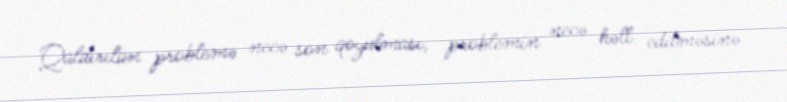
Qaldırılan problemə necə son qoyulması, problemin necə həll edilməsinə